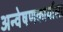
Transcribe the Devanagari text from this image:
अन्वेषणकार्याला